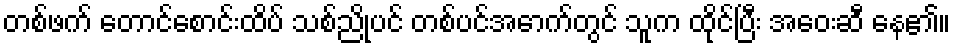
တစ်ဖက် တောင်စောင်းထိပ် သစ်ညိုပင် တစ်ပင်အောက်တွင် သူက ထိုင်ပြီး အဝေးဆီ နေ၏။